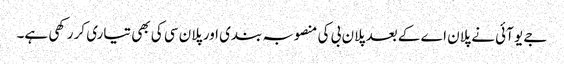
جے یو آئی نے پلان اے کے بعد پلان بی کی منصوبہ بندی اور پلان سی کی بھی تیاری کر رکھی ہے۔